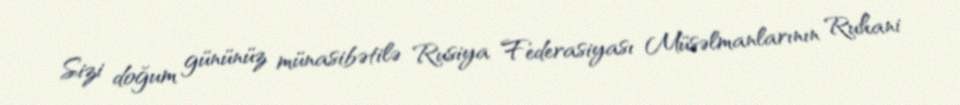
Sizi doğum gününüz münasibətilə Rusiya Federasiyası Müsəlmanlarının Ruhani